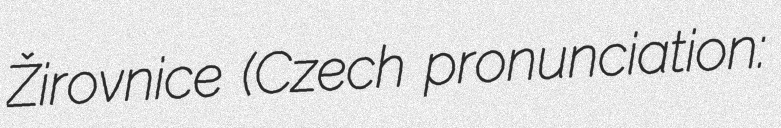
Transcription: Žirovnice (Czech pronunciation: